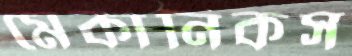
মেকানিকস